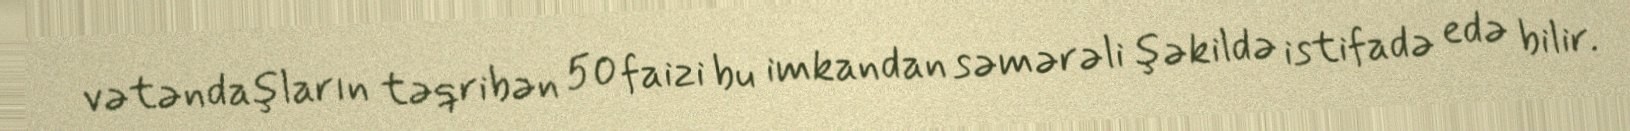
vətəndaşların təqribən 50 faizi bu imkandan səmərəli şəkildə istifadə edə bilir.